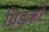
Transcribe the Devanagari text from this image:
ग्रिडको